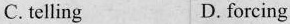
C. telling D. forcing